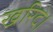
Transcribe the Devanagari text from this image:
खरिदे।